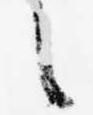
之